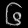
Digit: ၆